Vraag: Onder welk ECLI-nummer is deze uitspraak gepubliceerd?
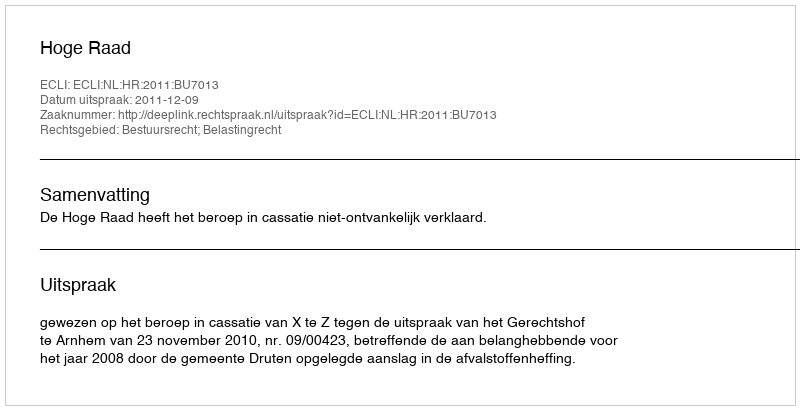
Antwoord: ECLI:NL:HR:2011:BU7013